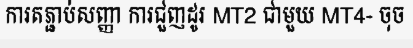
ការតភ្ជាប់សញ្ញា ការជួញដូរ MT2 ជាមួយ MT4- ចុច